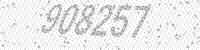
Solution: 908257